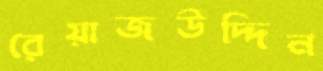
রেয়াজউদ্দিন